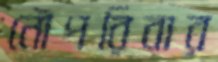
নৌপরিবার